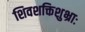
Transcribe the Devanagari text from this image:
शिवशक्तिशुभ्राः